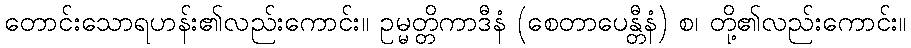
တောင်းသောရဟန်း၏လည်းကောင်း။ ဥမ္မတ္တိကာဒီနံ (စေတာပေန္တီနံ) စ၊ တို့၏လည်းကောင်း။